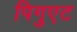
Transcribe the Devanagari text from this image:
पिगुएट